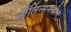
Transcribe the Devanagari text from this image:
ऑर्लिन्समधील